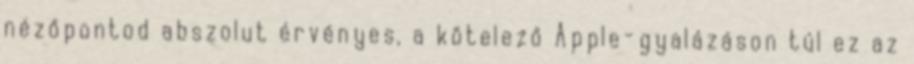
nézőpontod abszolut érvényes, a kötelező Apple-gyalázáson túl ez az